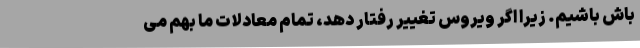
باش باشیم. زیرا اگر ویروس تغییر رفتار دهد، تمام معادلات ما بهم می